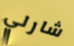
شارلي